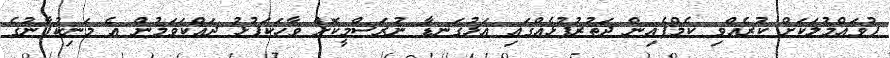
ފުވައްމުލަކަށް ކުރެއްވި ކެމްޕެއިން ދަތުރުފުޅެއްގައި އަޅުގަނޑާ ނުރަސްމީކޮށް ވާހަކަފުޅު ދައްކަވަމުން އެ މަނިކުފާނުގެ